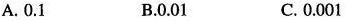
A.0.1 B.0.01 C.0.001